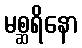
မစ္ဆရိနော